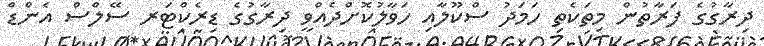
ދިރާގުގެ ފަރާތުން މިތަކެތި ހަމަދު ސްކޫލާއި ހަވާލުކޮށްދެއްވީ ދިރާގުގެ ޑިރެކްޓަރ ސޭލްސް އެންޑް